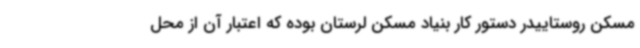
مسکن روستاییدر دستور کار بنیاد مسکن لرستان بوده که اعتبار آن از محل